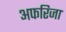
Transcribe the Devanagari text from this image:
अफरिजा